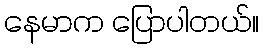
နေမာက ပြောပါတယ်။